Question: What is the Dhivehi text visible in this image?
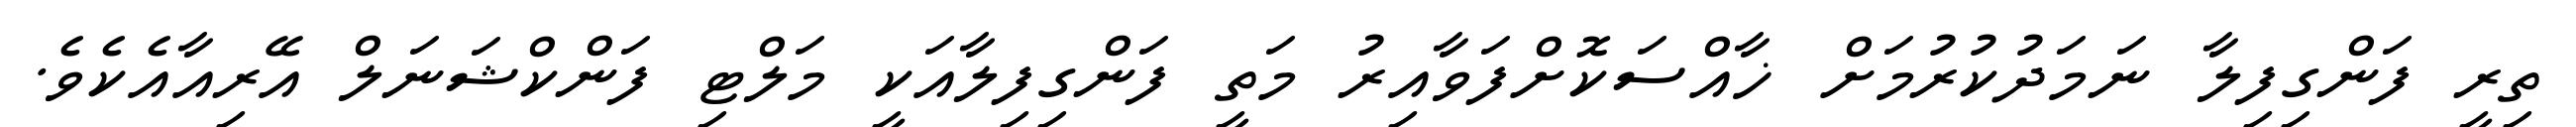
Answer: ތިރީ ފަންގިފިލާ ނަމަދުކުރުމަށް ޚާއްސަކޮށްފަވާއިރު މަތީ ފަންގިފިލާއަކީ މަލްޓި ފަންކްޝަނަލް އޭރިއާއެކެވެ.